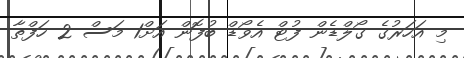
މި އަހަރުގެ ގޯލްޑެން ފުޓް އެވޯޑް ބުފޮން އަށް1 މަސް 2 ހަފްތާ